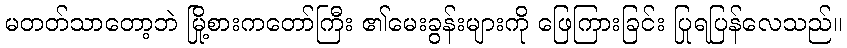
မတတ်သာတော့ဘဲ မြို့စားကတော်ကြီး ၏မေးခွန်းများကို ဖြေကြားခြင်း ပြုရပြန်လေသည်။